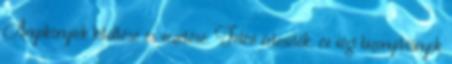
Anyakönyvek kitöltése és vezetése. Félévi értesítők, év végi bizonyítványok